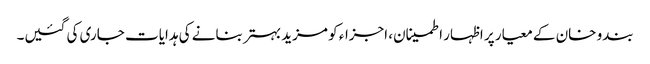
بندو خان کے معیار پر اظہار اطمینان، اجزاء کو مزید بہتر بنانے کی ہدایات جاری کی گئیں۔